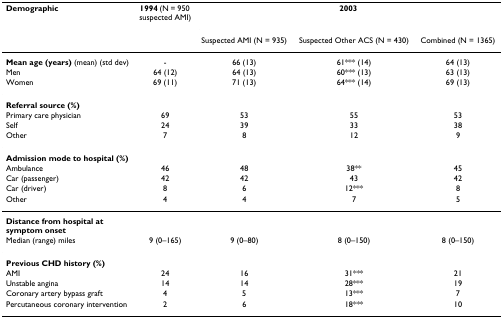
<table><thead><tr><td><b>Demographic</b></td><td><b>1994 (N = 950 suspected AMI)</b></td><td colspan="3"><b>2003</b></td></tr><tr><td></td><td></td><td><b>Suspected AMI (N = 935)</b></td><td><b>Suspected Other ACS (N = 430)</b></td><td><b>Combined (N = 1365)</b></td></tr></thead><tbody><tr><td><b>Mean age (years) </b>(mean) (std dev)</td><td>-</td><td>66 (13)</td><td>61*** (14)</td><td>64 (13)</td></tr><tr><td>Men</td><td>64 (12)</td><td>64 (13)</td><td>60*** (13)</td><td>63 (13)</td></tr><tr><td>Women</td><td>69 (11)</td><td>71 (13)</td><td>64*** (14)</td><td>69 (13)</td></tr><tr><td><b>Referral source (%)</b></td><td></td><td></td><td></td><td></td></tr><tr><td>Primary care physician</td><td>69</td><td>53</td><td>55</td><td>53</td></tr><tr><td>Self</td><td>24</td><td>39</td><td>33</td><td>38</td></tr><tr><td>Other</td><td>7</td><td>8</td><td>12</td><td>9</td></tr><tr><td><b>Admission mode to hospital (%)</b></td><td></td><td></td><td></td><td></td></tr><tr><td>Ambulance</td><td>46</td><td>48</td><td>38**</td><td>45</td></tr><tr><td>Car (passenger)</td><td>42</td><td>42</td><td>43</td><td>42</td></tr><tr><td>Car (driver)</td><td>8</td><td>6</td><td>12***</td><td>8</td></tr><tr><td>Other</td><td>4</td><td>4</td><td>7</td><td>5</td></tr><tr><td><b>Distance from hospital at symptom onset</b></td><td></td><td></td><td></td><td></td></tr><tr><td>Median (range) miles</td><td>9 (0–165)</td><td>9 (0–80)</td><td>8 (0–150)</td><td>8 (0–150)</td></tr><tr><td><b>Previous CHD history (%)</b></td><td></td><td></td><td></td><td></td></tr><tr><td>AMI</td><td>24</td><td>16</td><td>31***</td><td>21</td></tr><tr><td>Unstable angina</td><td>14</td><td>14</td><td>28***</td><td>19</td></tr><tr><td>Coronary artery bypass graft</td><td>4</td><td>5</td><td>13***</td><td>7</td></tr><tr><td>Percutaneous coronary intervention</td><td>2</td><td>6</td><td>18***</td><td>10</td></tr></tbody></table>